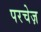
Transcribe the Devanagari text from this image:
परचेज़